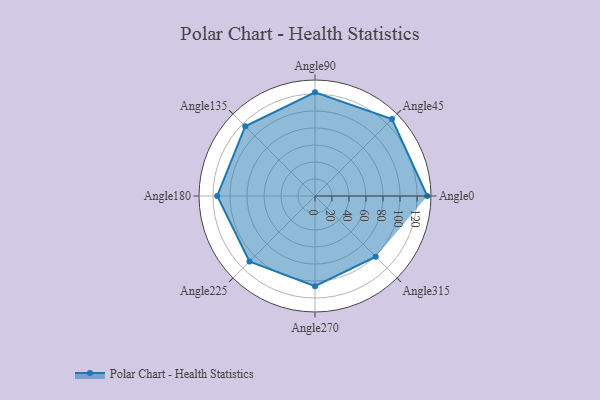
{"axis": {"x": "Angle", "y": "Radius"}, "legend": [""], "data": [{"x": "Angle0", "y": 132.0, "type": ""}, {"x": "Angle45", "y": 128.0, "type": ""}, {"x": "Angle90", "y": 122.0, "type": ""}, {"x": "Angle135", "y": 116.0, "type": ""}, {"x": "Angle180", "y": 115.0, "type": ""}, {"x": "Angle225", "y": 109.0, "type": ""}, {"x": "Angle270", "y": 106.0, "type": ""}, {"x": "Angle315", "y": 101.0, "type": ""}]}